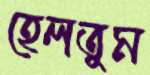
হেলতুম